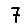
Digit: 7